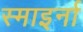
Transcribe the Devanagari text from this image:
स्माइर्ना